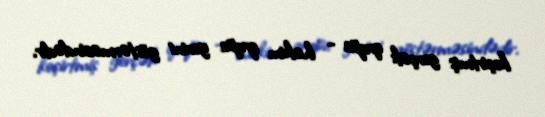
keçirtmiş gerçək qrupa - hakim qrupa yerini göstərməsindədir.